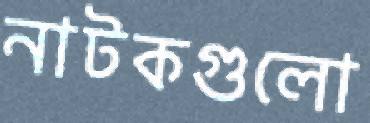
নাটকগুলো